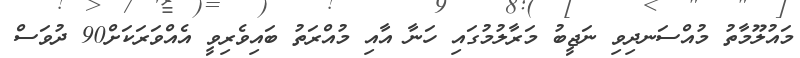
މައުލޫމާތު މުއްސަނދިވި ނަޖީބު މަރާލުމުގައި ހަނާ އާއި މުއްރަތު ބައިވެރިވީ އެއްވަރަކަށް90 ދުވަސް